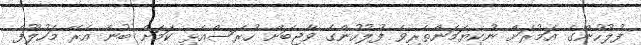
ފުލުހުންގެ އަމުރަށް ނުކިޔަމަންތެރިވެ ފުލުހުންގެ ވާޖިބަށް ހުރަސްއެޅި ކަމަށް ބުނެ އެރޭ މަހުލޫފް